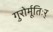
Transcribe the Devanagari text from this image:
गुरोर्मूतिःर्